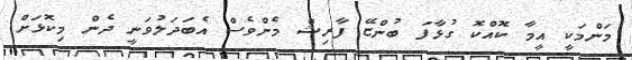
މަންމަކީ އީމާ ކޮއްކޮ ގުޅާފަ ބުންޏޭ ފާރިޝް މެންވެސް އެބަދަލުވަނީ ދެން މިކޮޅަށް